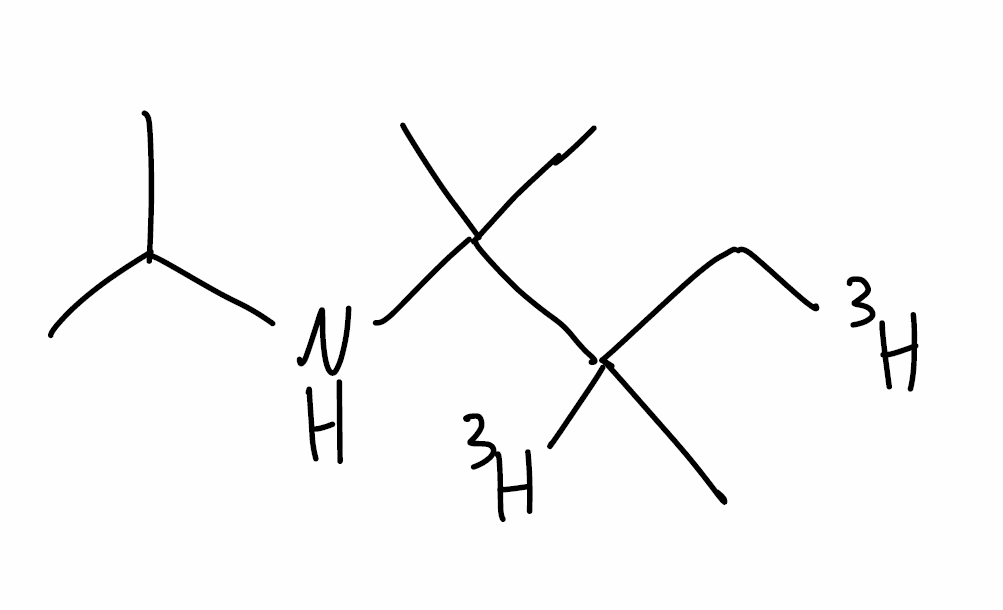
Simplified molecular-input line-entry system (SMILES) notation of the given molecule:
[3H]CC([3H])(C)C(C)(C)NC(C)C